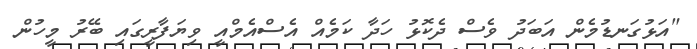
"އަޅުގަނޑުމެން އަބަދު ވެސް ދެކޮޅު ހަދާ ކަމެއް އެސްއެމްއީ ވިޔަފާރީގައި ބޭރު މީހުން